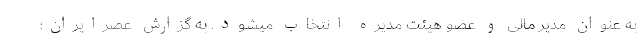
به عنوان مدیر مالی و عضو هیئت مدیره انتخاب میشود. به گزارش عصرایران؛